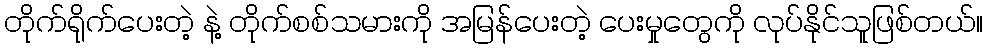
တိုက်ရိုက်ပေးတဲ့ နဲ့ တိုက်စစ်သမားကို အမြန်ပေးတဲ့ ပေးမှုတွေကို လုပ်နိုင်သူဖြစ်တယ်။